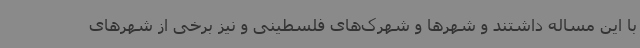
با این مساله داشتند و شهرها و شهرک‌های فلسطینی و نیز برخی از شهرهای